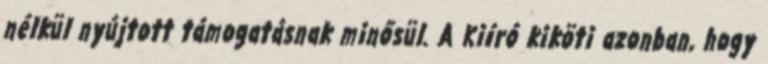
nélkül nyújtott támogatásnak minősül. A Kiíró kiköti azonban, hogy